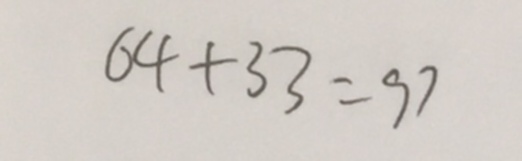
6 4 + 3 3 = 9 7